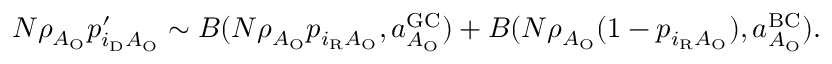
\begin{array} { r } { N \rho _ { A _ { \mathrm { O } } } p _ { i _ { \mathrm { D } } A _ { \mathrm { O } } } ^ { \prime } \sim { \cal B } ( N \rho _ { A _ { \mathrm { O } } } p _ { i _ { \mathrm { R } } A _ { \mathrm { O } } } , a _ { A _ { \mathrm { O } } } ^ { \mathrm { G C } } ) + { \cal B } ( N \rho _ { A _ { \mathrm { O } } } ( 1 - p _ { i _ { \mathrm { R } } A _ { \mathrm { O } } } ) , a _ { A _ { \mathrm { O } } } ^ { \mathrm { B C } } ) . } \end{array}